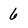
Character: 6